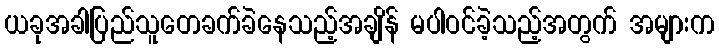
ယခုအခါပြည်သူတေခက်ခဲနေသည့်အချိန် မပါဝင်ခဲ့သည့်အတွက် အများက